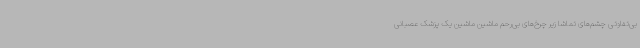
بی‌تفاوتی چشم‌های تماشا زیر چرخ‌های بی‌رحم ماشین ماشین یک پزشک عصبانی